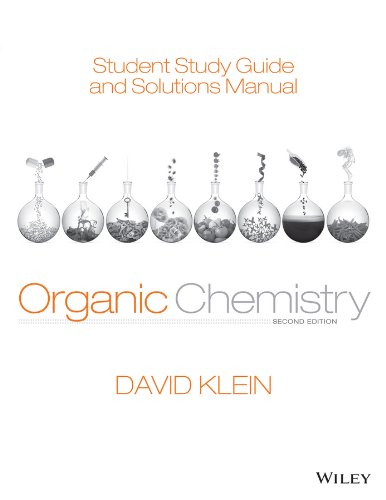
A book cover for Student Study Guide and Solutions Manual to accompany Organic Chemistry; David R. Klein; Science & Math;